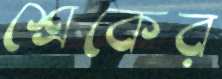
শ্রেকের